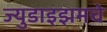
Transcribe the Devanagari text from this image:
ज्युडाइझमचे